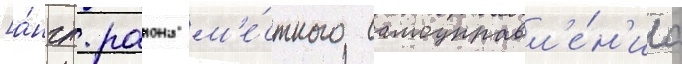
[а́нгл. раиона м'е́стного самоуправл'е́н'иа